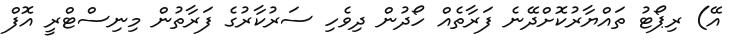
އޭ) ރިޕޯޓު ތައްޔާރުކޮށްދޭނެ ފަރާތެއް ހޯދުން ދިވެހި ސަރުކާރުގެ ފަރާތުން މިނިސްޓްރީ އޮފް